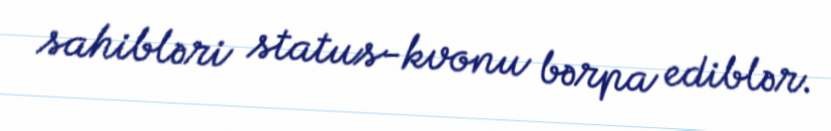
sahibləri status-kvonu bərpa ediblər.